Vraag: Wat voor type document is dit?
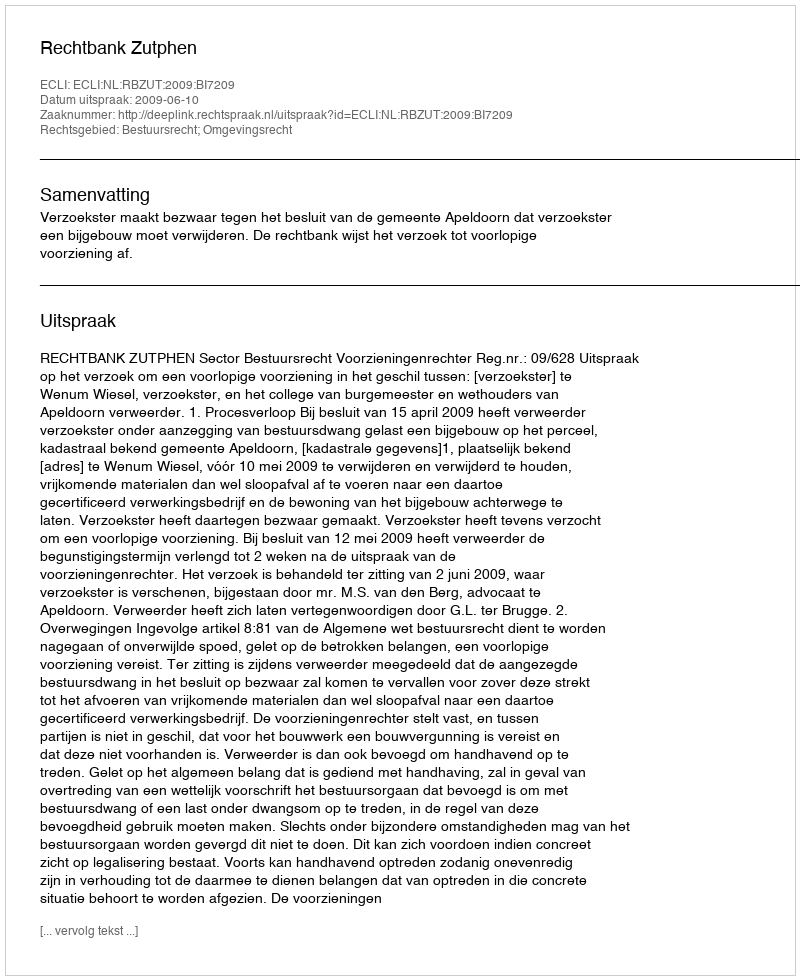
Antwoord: Uitspraak